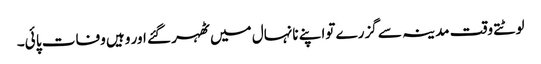
لوٹتے وقت مدینہ سے گزرے تواپنے نانہال میں ٹھہر گئے اور وہیں وفات پا ئی۔